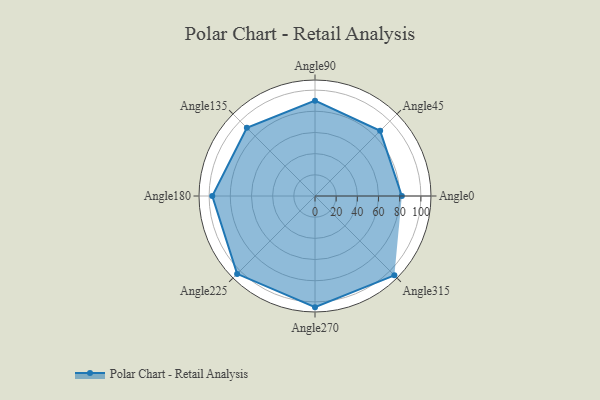
{"axis": {"x": "Angle", "y": "Radius"}, "legend": [""], "data": [{"x": "Angle0", "y": 82.0, "type": ""}, {"x": "Angle45", "y": 87.0, "type": ""}, {"x": "Angle90", "y": 90.0, "type": ""}, {"x": "Angle135", "y": 91.0, "type": ""}, {"x": "Angle180", "y": 97.0, "type": ""}, {"x": "Angle225", "y": 104.0, "type": ""}, {"x": "Angle270", "y": 105.0, "type": ""}, {"x": "Angle315", "y": 106.0, "type": ""}]}